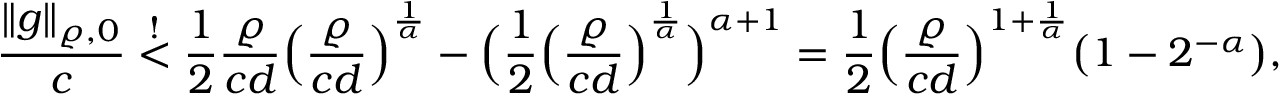
\frac { \lVert g \rVert _ { \varrho , 0 } } { c } \stackrel { ! } { < } \frac { 1 } { 2 } \frac { \varrho } { c d } \Bigl ( \frac { \varrho } { c d } \Bigr ) ^ { \frac { 1 } { \alpha } } - \Bigl ( \frac { 1 } { 2 } \Bigl ( \frac { \varrho } { c d } \Bigr ) ^ { \frac { 1 } { \alpha } } \Bigr ) ^ { \alpha + 1 } = \frac { 1 } { 2 } \Bigl ( \frac { \varrho } { c d } \Bigr ) ^ { 1 + \frac { 1 } { \alpha } } \bigl ( 1 - 2 ^ { - \alpha } \bigr ) ,